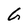
Character: G